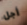
أجل